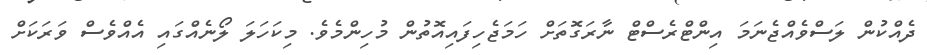
ދެއްކުން ލަސްވެއްޖެނަމަ އިންޓްރެސްޓް ނާރަގޮތަށް ހަމަޖެހިފައިއޮތުން މުހިންމެވެ. މިކަހަލަ ލޯނެއްގައި އެއްވެސް ވަރަކަށް